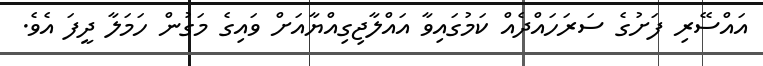
އައްސޭރި ފަށުގެ ސަރަހައްދެއް ކަމުގައިވާ އައްލާޖިގިއްޔާއަށް ވައިގެ މަގުން ހަމަލާ ދީފަ އެވެ.